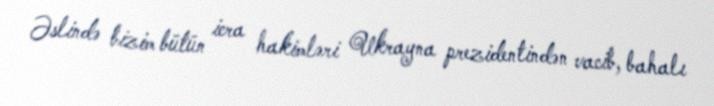
Əslində bizim bütün icra hakimləri Ukrayna prezidentindən vacib, bahalı